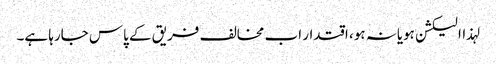
لہذاالیکشن ہویانہ ہو، اقتدار اب مخالف فریق کے پاس جارہا ہے۔